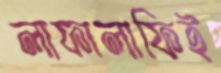
লাফালাফিই